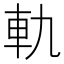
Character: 軌